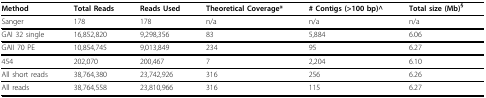
<table><thead><tr><td><b>Method</b></td><td><b>Total Reads</b></td><td><b>Reads Used</b></td><td><b>Theoretical Coverage*</b></td><td><b># Contigs (&gt;100 bp)^</b></td><td><b>Total size (Mb)<sup>§</sup></b></td></tr></thead><tbody><tr><td>Sanger</td><td>178</td><td>178</td><td>n/a</td><td>n/a</td><td>n/a</td></tr><tr><td>GAI 32 single</td><td>16,852,820</td><td>9,298,356</td><td>83</td><td>5,884</td><td>6.06</td></tr><tr><td>GAII 70 PE</td><td>10,854,745</td><td>9,013,849</td><td>234</td><td>95</td><td>6.27</td></tr><tr><td>454</td><td>202,070</td><td>200,467</td><td>7</td><td>2,204</td><td>6.10</td></tr><tr><td>All short reads</td><td>38,764,380</td><td>23,742,926</td><td>316</td><td>256</td><td>6.26</td></tr><tr><td>All reads</td><td>38,764,558</td><td>23,810,966</td><td>316</td><td>115</td><td>6.27</td></tr></tbody></table>